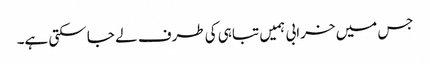
جس میں خرابی ہمیں تباہی کی طرف لے جا سکتی ہے۔